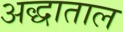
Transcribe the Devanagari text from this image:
अद्धाताल